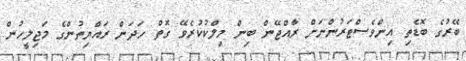
ބޭރުގެ ބޮޑެތި އިންވެސްޓަރުންނަށް ރާއްޖޭން ބިން މިލްކުކުރެވޭ ގޮތް ހަދަން ރައްޔިތުންގެ މަޖިލީހުން